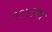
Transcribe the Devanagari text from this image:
१९५१मा